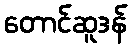
တောင်ဆူဒန်